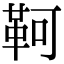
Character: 𩊆